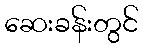
ဆေးခန်းတွင်